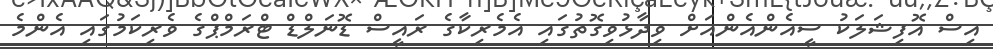
އިސް އޮފިޝަލަކު ސީއެންއެންއަށް ވިދާޅުވިގޮތުގައި އެމެރިކާގެ ރައީސް ޑޮނަލްޑް ޓްރަމްޕްގެ ވެރިކަމުގައި އެންމެ